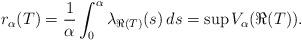
LaTeX: \begin{align*}r_\alpha(T) = \frac{1}{\alpha} \int^\alpha_0 \lambda_{\Re(T)}(s) \, ds=\sup V_\alpha(\Re(T)).\end{align*}